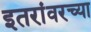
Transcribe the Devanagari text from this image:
इतरांवरच्या